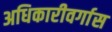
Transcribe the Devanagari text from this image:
अधिकारीवर्गास